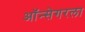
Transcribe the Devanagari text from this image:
ऑन्सेगरला